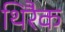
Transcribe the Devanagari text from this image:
थिरैक